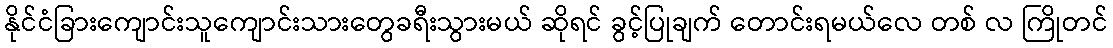
နိုင်ငံခြားကျောင်းသူကျောင်းသားတွေခရီးသွားမယ် ဆိုရင် ခွင့်ပြုချက် တောင်းရမယ်လေ တစ် လ ကြိုတင်